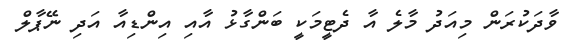
ވާދަކުރަން މިއަދު މާލެ އާ ދެޓީމަކީ ބަންގާޅު އާއި އިންޑިއާ އަދި ނޭޕާލް